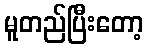
မူတည်ပြီးတော့